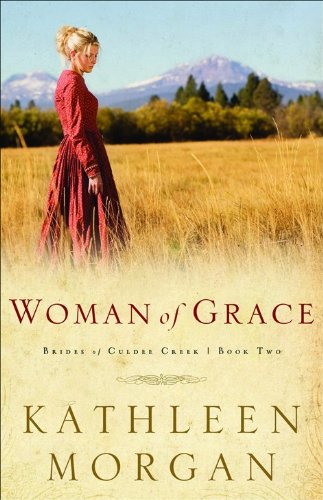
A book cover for Woman of Grace (Brides of Culdee Creek, Book 2); Kathleen Morgan; Christian Books & Bibles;